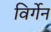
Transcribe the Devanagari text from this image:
विर्गेन